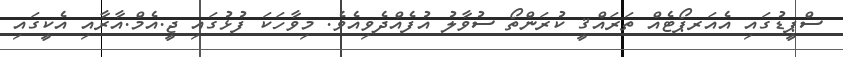
ސްޕީޑުގައި އެއަރޕޯޓެއް ތަރައްޤީ ކުރަންތޯ ސުވާލު އުފެއްދެވިއެވެ. މިވާހަކަ ފުޅުގައި ޖީ.އެމް.އާރާއި އެކީގައި